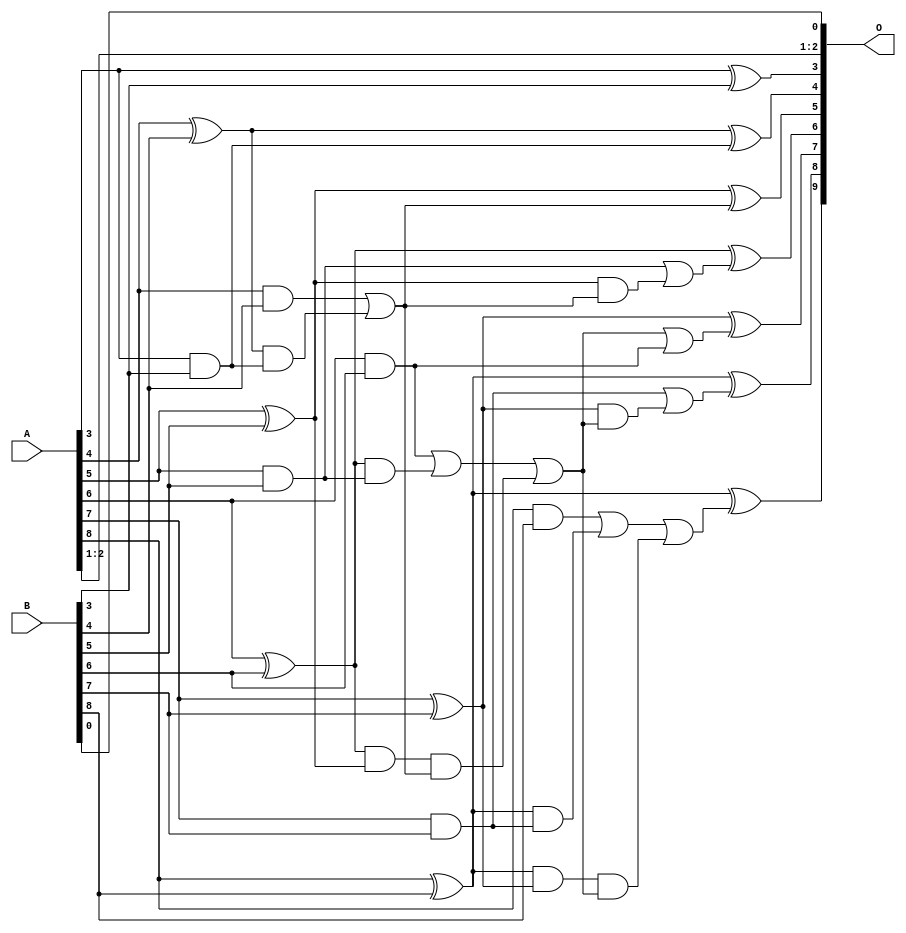
// This program was cloned from: https://github.com/ehw-fit/evoapproxlib
// License: MIT License

/***
* This code is a part of EvoApproxLib library (ehw.fit.vutbr.cz/approxlib) distributed under The MIT License.
* When used, please cite the following article(s): V. Mrazek, L. Sekanina, Z. Vasicek "Libraries of Approximate Circuits: Automated Design and Application in CNN Accelerators" IEEE Journal on Emerging and Selected Topics in Circuits and Systems, Vol 10, No 4, 2020 
* This file contains a circuit from a sub-set of pareto optimal circuits with respect to the pwr and ep parameters
***/
// MAE% = 0.68 %
// MAE = 3.5 
// WCE% = 1.37 %
// WCE = 7.0 
// WCRE% = 700.00 %
// EP% = 87.50 %
// MRE% = 7.97 %
// MSE = 18 
// PDK45_PWR = 0.025 mW
// PDK45_AREA = 56.8 um2
// PDK45_DELAY = 0.47 ns

module add9se_063 (
    A,
    B,
    O
);

input [8:0] A;
input [8:0] B;
output [9:0] O;

wire sig_24,sig_25,sig_26,sig_27,sig_28,sig_29,sig_30,sig_31,sig_32,sig_33,sig_34,sig_35,sig_40,sig_42,sig_43,sig_44,sig_45,sig_46,sig_47,sig_48;
wire sig_51,sig_53,sig_57,sig_58,sig_59,sig_63,sig_64,sig_65,sig_66,sig_67,sig_71,sig_72,sig_73,sig_74,sig_75,sig_76;

assign sig_24 = A[3] & B[3];
assign sig_25 = A[3] ^ B[3];
assign sig_26 = A[4] & B[4];
assign sig_27 = A[4] ^ B[4];
assign sig_28 = A[5] & B[5];
assign sig_29 = A[5] ^ B[5];
assign sig_30 = A[6] & B[6];
assign sig_31 = A[6] ^ B[6];
assign sig_32 = A[7] & B[7];
assign sig_33 = A[7] ^ B[7];
assign sig_34 = A[8] & B[8];
assign sig_35 = A[8] ^ B[8];
assign sig_40 = sig_27 & sig_24;
assign sig_42 = sig_26 | sig_40;
assign sig_43 = sig_31 & sig_28;
assign sig_44 = sig_31 & sig_29;
assign sig_45 = sig_30 | sig_43;
assign sig_46 = sig_35 & sig_32;
assign sig_47 = sig_35 & sig_33;
assign sig_48 = sig_34 | sig_46;
assign sig_51 = sig_44 & sig_42;
assign sig_53 = sig_45 | sig_51;
assign sig_57 = sig_40 | sig_26;
assign sig_58 = sig_47 & sig_53;
assign sig_59 = sig_48 | sig_58;
assign sig_63 = sig_53 | sig_30;
assign sig_64 = sig_29 & sig_57;
assign sig_65 = sig_28 | sig_64;
assign sig_66 = sig_33 & sig_53;
assign sig_67 = sig_32 | sig_66;
assign sig_71 = sig_27 ^ sig_24;
assign sig_72 = sig_29 ^ sig_57;
assign sig_73 = sig_31 ^ sig_65;
assign sig_74 = sig_33 ^ sig_63;
assign sig_75 = sig_35 ^ sig_67;
assign sig_76 = sig_35 ^ sig_59;

assign O[9] = sig_76;
assign O[8] = sig_75;
assign O[7] = sig_74;
assign O[6] = sig_73;
assign O[5] = sig_72;
assign O[4] = sig_71;
assign O[3] = sig_25;
assign O[2] = A[2];
assign O[1] = A[1];
assign O[0] = B[0];

endmodule